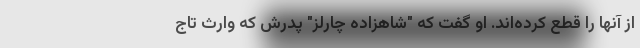
از آنها را قطع کرده‌اند. او گفت که "شاهزاده چارلز" پدرش که وارث تاج